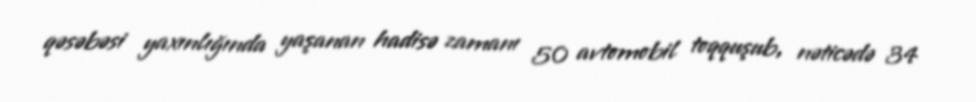
qəsəbəsi yaxınlığında yaşanan hadisə zamanı 50 avtomobil toqquşub, nəticədə 34